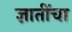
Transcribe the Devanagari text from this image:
ज्ञातींचा